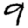
Digit: 9